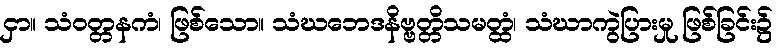
ငှာ။ သံဝတ္တနကံ၊ ဖြစ်သော။ သံဃဘေဒနိဗ္ဗတ္တိသမတ္ထံ၊ သံဃာကွဲပြားမှု ဖြစ်ခြင်း၌